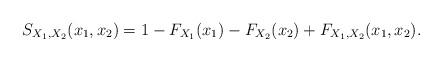
LaTeX: \begin{align*}S_{X_{1},X_{2}}(x_{1},x_{2})=1-F_{X_{1}}(x_{1})-F_{X_{2}}(x_{2})+F_{X_{1},X_{2}}(x_{1},x_{2}).\end{align*}